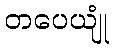
တပေယျုံ